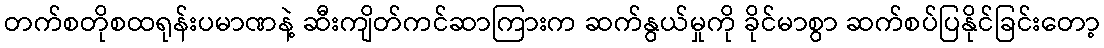
တက်စတိုစထရုန်းပမာဏနဲ့ ဆီးကျိတ်ကင်ဆာကြားက ဆက်နွယ်မှုကို ခိုင်မာစွာ ဆက်စပ်ပြနိုင်ခြင်းတော့